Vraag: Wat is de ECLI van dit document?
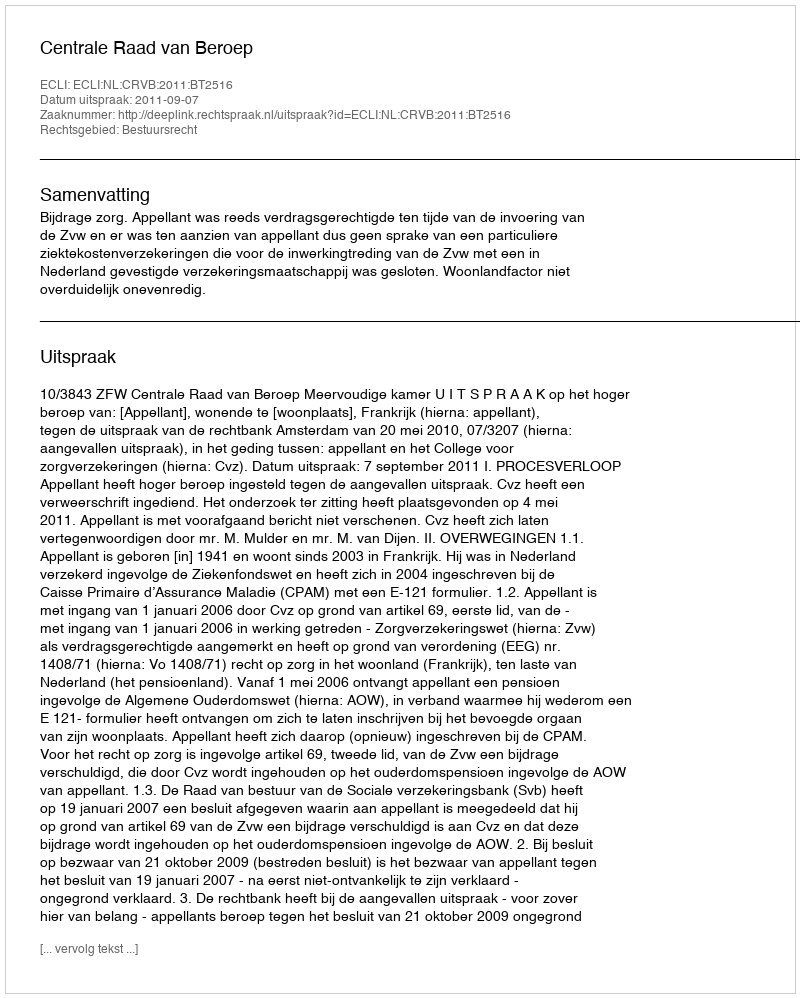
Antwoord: ECLI:NL:CRVB:2011:BT2516